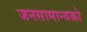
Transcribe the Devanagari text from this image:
जनसामान्‍यको